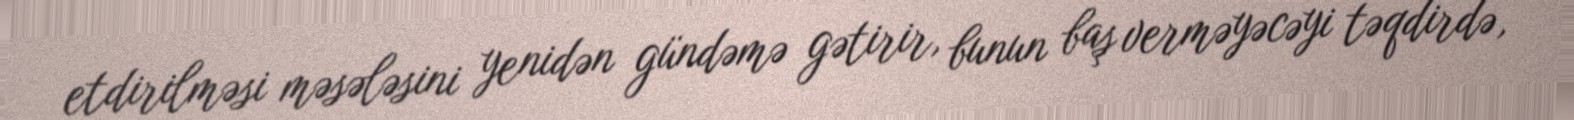
etdirilməsi məsələsini yenidən gündəmə gətirir, bunun baş verməyəcəyi təqdirdə,